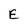
Character: E